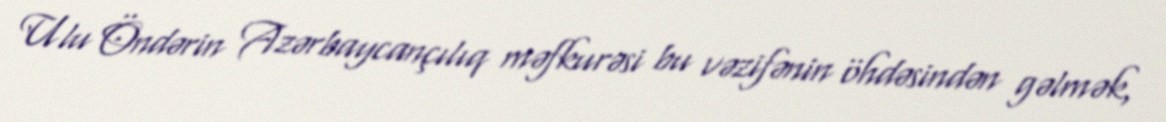
Ulu Öndərin Azərbaycançılıq məfkurəsi bu vəzifənin öhdəsindən gəlmək,